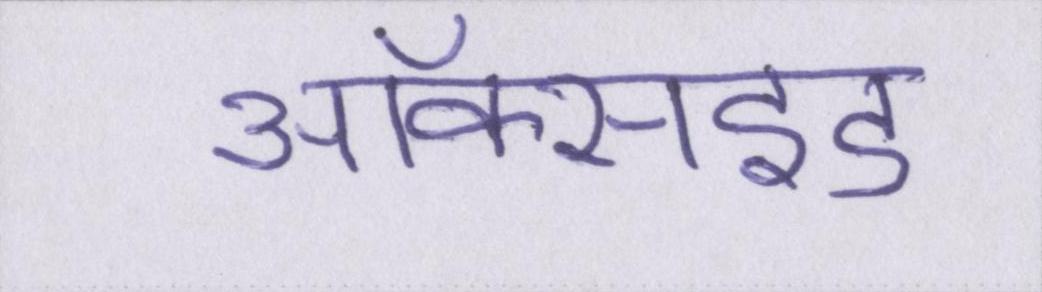
ऑक्साइड